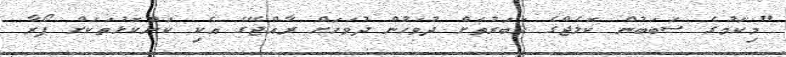
"މިކަމުގެ ސަބަބުން ކޮލެޖްގެ ހަބަރުތަށް ދުވަހުން ދުވަހަށް ރާއްޖޭގެ އެކި ކަންކޮޅުތަކަށް ފޯރާ